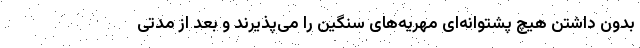
بدون داشتن هیچ پشتوانه‌ای مهریه‌های سنگین را می‌پذیرند و بعد از مدتی